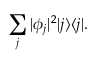
\sum _ { j } | \phi _ { j } | ^ { 2 } | j \rangle \langle j | .